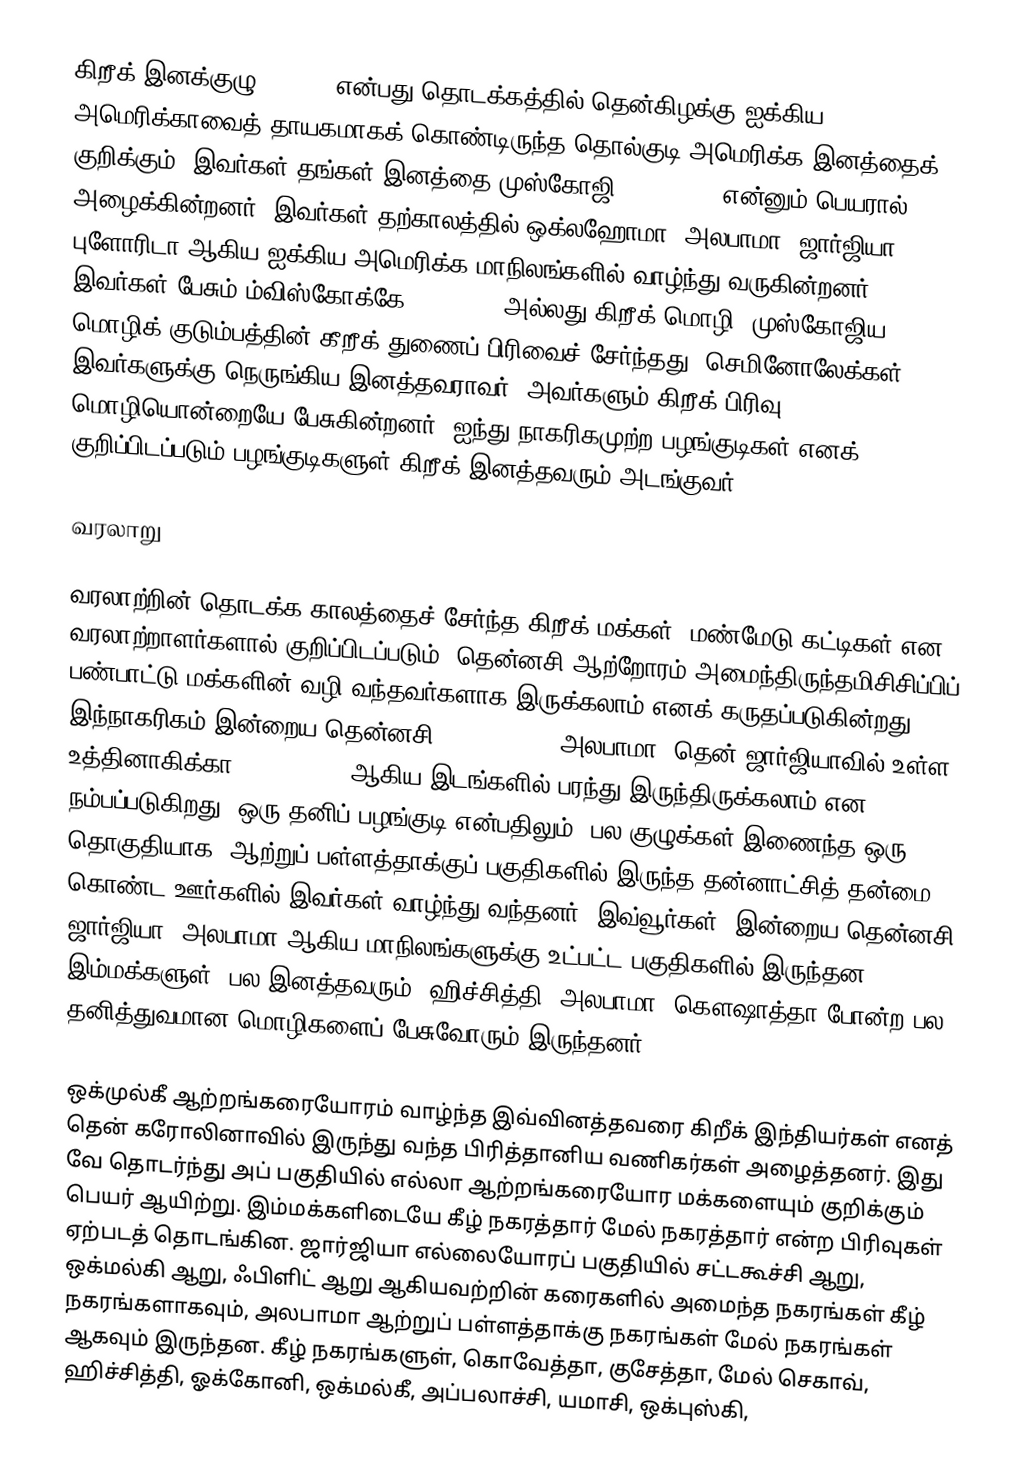
கிறீக் இனக்குழு (Creek) என்பது தொடக்கத்தில் தென்கிழக்கு ஐக்கிய அமெரிக்காவைத் தாயகமாகக் கொண்டிருந்த தொல்குடி அமெரிக்க இனத்தைக் குறிக்கும்.  இவர்கள் தங்கள் இனத்தை முஸ்கோஜி (Muscogee) என்னும் பெயரால் அழைக்கின்றனர். இவர்கள் தற்காலத்தில் ஒக்லஹோமா, அலபாமா, ஜார்ஜியா, புளோரிடா ஆகிய ஐக்கிய அமெரிக்க மாநிலங்களில் வாழ்ந்து வருகின்றனர். இவர்கள் பேசும் ம்விஸ்கோக்கே (Mvskoke) அல்லது கிறீக் மொழி, முஸ்கோஜிய மொழிக் குடும்பத்தின் கீறீக் துணைப் பிரிவைச் சேர்ந்தது. செமினோலேக்கள் இவர்களுக்கு நெருங்கிய இனத்தவராவர். அவர்களும் கிறீக் பிரிவு மொழியொன்றையே பேசுகின்றனர். ஐந்து நாகரிகமுற்ற பழங்குடிகள் எனக் குறிப்பிடப்படும் பழங்குடிகளுள் கிறீக் இனத்தவரும் அடங்குவர்.

வரலாறு

வரலாற்றின் தொடக்க காலத்தைச் சேர்ந்த கிறீக் மக்கள், மண்மேடு கட்டிகள் என வரலாற்றாளர்களால் குறிப்பிடப்படும், தென்னசி ஆற்றோரம் அமைந்திருந்தமிசிசிப்பிப் பண்பாட்டு மக்களின் வழி வந்தவர்களாக இருக்கலாம் எனக் கருதப்படுகின்றது. இந்நாகரிகம் இன்றைய தென்னசி (Tennessee), அலபாமா, தென் ஜார்ஜியாவில் உள்ள உத்தினாகிக்கா (Utinahica) ஆகிய இடங்களில் பரந்து இருந்திருக்கலாம் என நம்பப்படுகிறது. ஒரு தனிப் பழங்குடி என்பதிலும், பல குழுக்கள் இணைந்த ஒரு தொகுதியாக, ஆற்றுப் பள்ளத்தாக்குப் பகுதிகளில் இருந்த தன்னாட்சித் தன்மை கொண்ட ஊர்களில் இவர்கள் வாழ்ந்து வந்தனர். இவ்வூர்கள், இன்றைய தென்னசி, ஜார்ஜியா, அலபாமா ஆகிய மாநிலங்களுக்கு உட்பட்ட பகுதிகளில் இருந்தன. இம்மக்களுள், பல இனத்தவரும், ஹிச்சித்தி, அலபாமா, கௌஷாத்தா போன்ற பல தனித்துவமான மொழிகளைப் பேசுவோரும் இருந்தனர்.

ஒக்முல்கீ ஆற்றங்கரையோரம் வாழ்ந்த இவ்வினத்தவரை கிறீக் இந்தியர்கள் எனத் தென் கரோலினாவில் இருந்து வந்த பிரித்தானிய வணிகர்கள் அழைத்தனர். இது வே தொடர்ந்து அப் பகுதியில் எல்லா ஆற்றங்கரையோர மக்களையும் குறிக்கும் பெயர் ஆயிற்று. இம்மக்களிடையே கீழ் நகரத்தார் மேல் நகரத்தார் என்ற பிரிவுகள் ஏற்படத் தொடங்கின. ஜார்ஜியா எல்லையோரப் பகுதியில் சட்டகூச்சி ஆறு, ஒக்மல்கி ஆறு, ஃபிளிட் ஆறு ஆகியவற்றின் கரைகளில் அமைந்த நகரங்கள் கீழ் நகரங்களாகவும், அலபாமா ஆற்றுப் பள்ளத்தாக்கு நகரங்கள் மேல் நகரங்கள் ஆகவும் இருந்தன. கீழ் நகரங்களுள், கொவேத்தா, குசேத்தா, மேல் செகாவ், ஹிச்சித்தி, ஓக்கோனி, ஒக்மல்கீ, அப்பலாச்சி, யமாசி, ஒக்புஸ்கி,